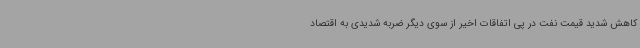
کاهش شدید قیمت نفت در پی اتفاقات اخیر از سوی دیگر ضربه شدیدی به اقتصاد